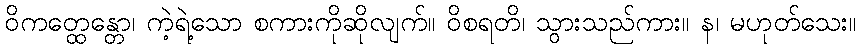
ဝိကတ္ထေန္တော၊ ကဲ့ရဲ့သော စကားကိုဆိုလျက်။ ဝိစရတိ၊ သွားသည်ကား။ န၊ မဟုတ်သေး။